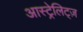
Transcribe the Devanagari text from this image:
आस्ट्रेलिट्ज़